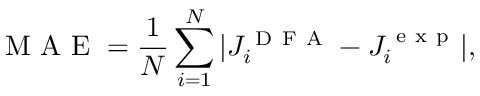
\mathrm { ~ M ~ A ~ E ~ } = \frac { 1 } { N } \sum _ { i = 1 } ^ { N } | J _ { i } ^ { \mathrm { ~ D ~ F ~ A ~ } } - J _ { i } ^ { \mathrm { ~ e ~ x ~ p ~ } } | ,